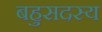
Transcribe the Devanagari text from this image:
बहुसदस्य